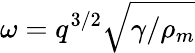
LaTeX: \omega=q^{3/2}\sqrt{\gamma/\rho_{m}}